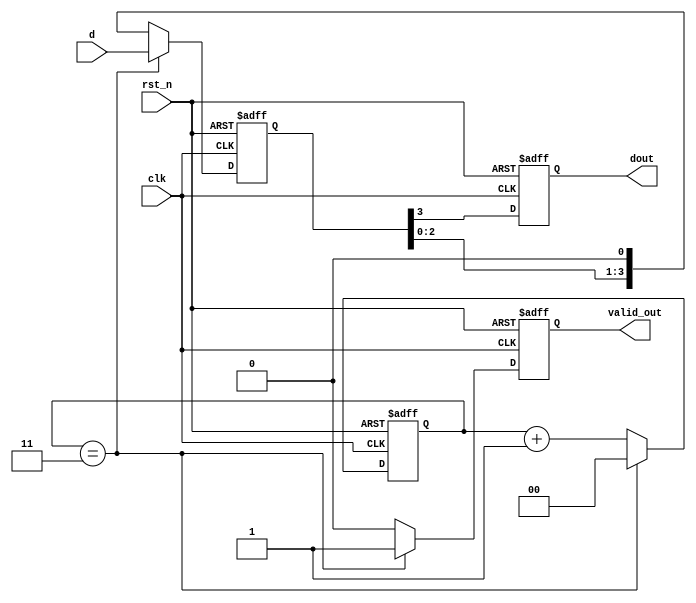
module parallel2serial (
    input         clk,
    input         rst_n,
    input  [3:0]  d,
    output reg    valid_out,
    output reg    dout
);

    // Internal 4-bit register to hold the input data
    reg [3:0] data;

    // 2-bit counter to keep track of the bit position
    reg [1:0] cnt;

    always @(posedge clk or negedge rst_n) begin
        if (~rst_n) begin
            // Asynchronous reset
            cnt <= 2'd0;
            valid_out <= 1'b0;
            dout <= 1'b0;
            data <= 4'd0;
        end else begin
            if (cnt == 2'd3) begin
                // Load new data and reset counter
                data <= d;
                cnt <= 2'd0;
                valid_out <= 1'b1; // Valid output on loading new data
            end else begin
                // Shift data and increment counter
                data <= {data[2:0], 1'b0};
                cnt <= cnt + 2'd1;
                valid_out <= 1'b0;
            end
            // Output the MSB of the data register
            dout <= data[3];
        end
    end

endmodule